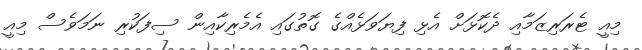
މިއީ ޓެރަރިޒަމާއި ދެކޮޅަށް އެޅި ފިޔަވަޅެއްގެ ގޮތުގައި އެމެރިކާއިން ސިފަކުރި ނަމަވެސް މިއީ